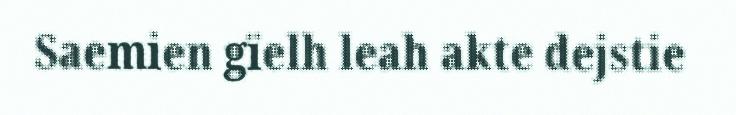
Saemien gïelh leah akte dejstie